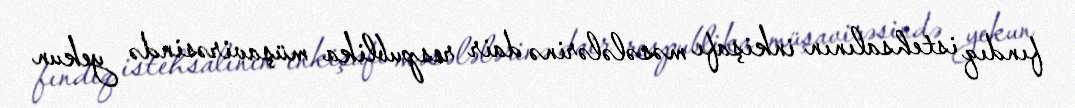
fındıq istehsalının inkişafı məsələlərinə dair respublika müşavirəsində yekun